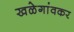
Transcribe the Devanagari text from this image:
खळेगांवकर